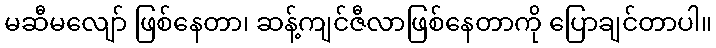
မဆီမလျော် ဖြစ်နေတာ၊ ဆန့်ကျင်ဇီလာဖြစ်နေတာကို ပြောချင်တာပါ။